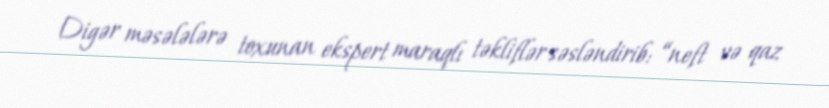
Digər məsələlərə toxunan ekspert maraqlı təkliflər səsləndirib: “neft və qaz